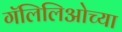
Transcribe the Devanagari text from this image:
गॅलिलिओच्या